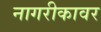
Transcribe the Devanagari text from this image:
नागरीकावर